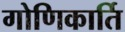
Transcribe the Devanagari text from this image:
गोणिकार्ति